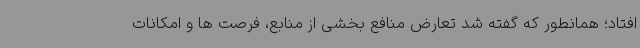
افتاد؛ همانطور که گفته شد تعارض منافع بخشی از منابع، فرصت ها و امکانات